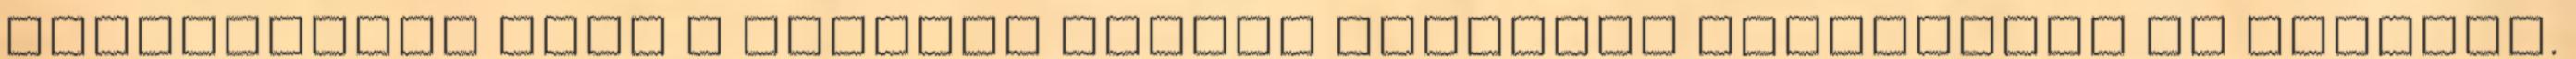
ultrahangon hogy a korához képest teljesen egészséges és fejlett.